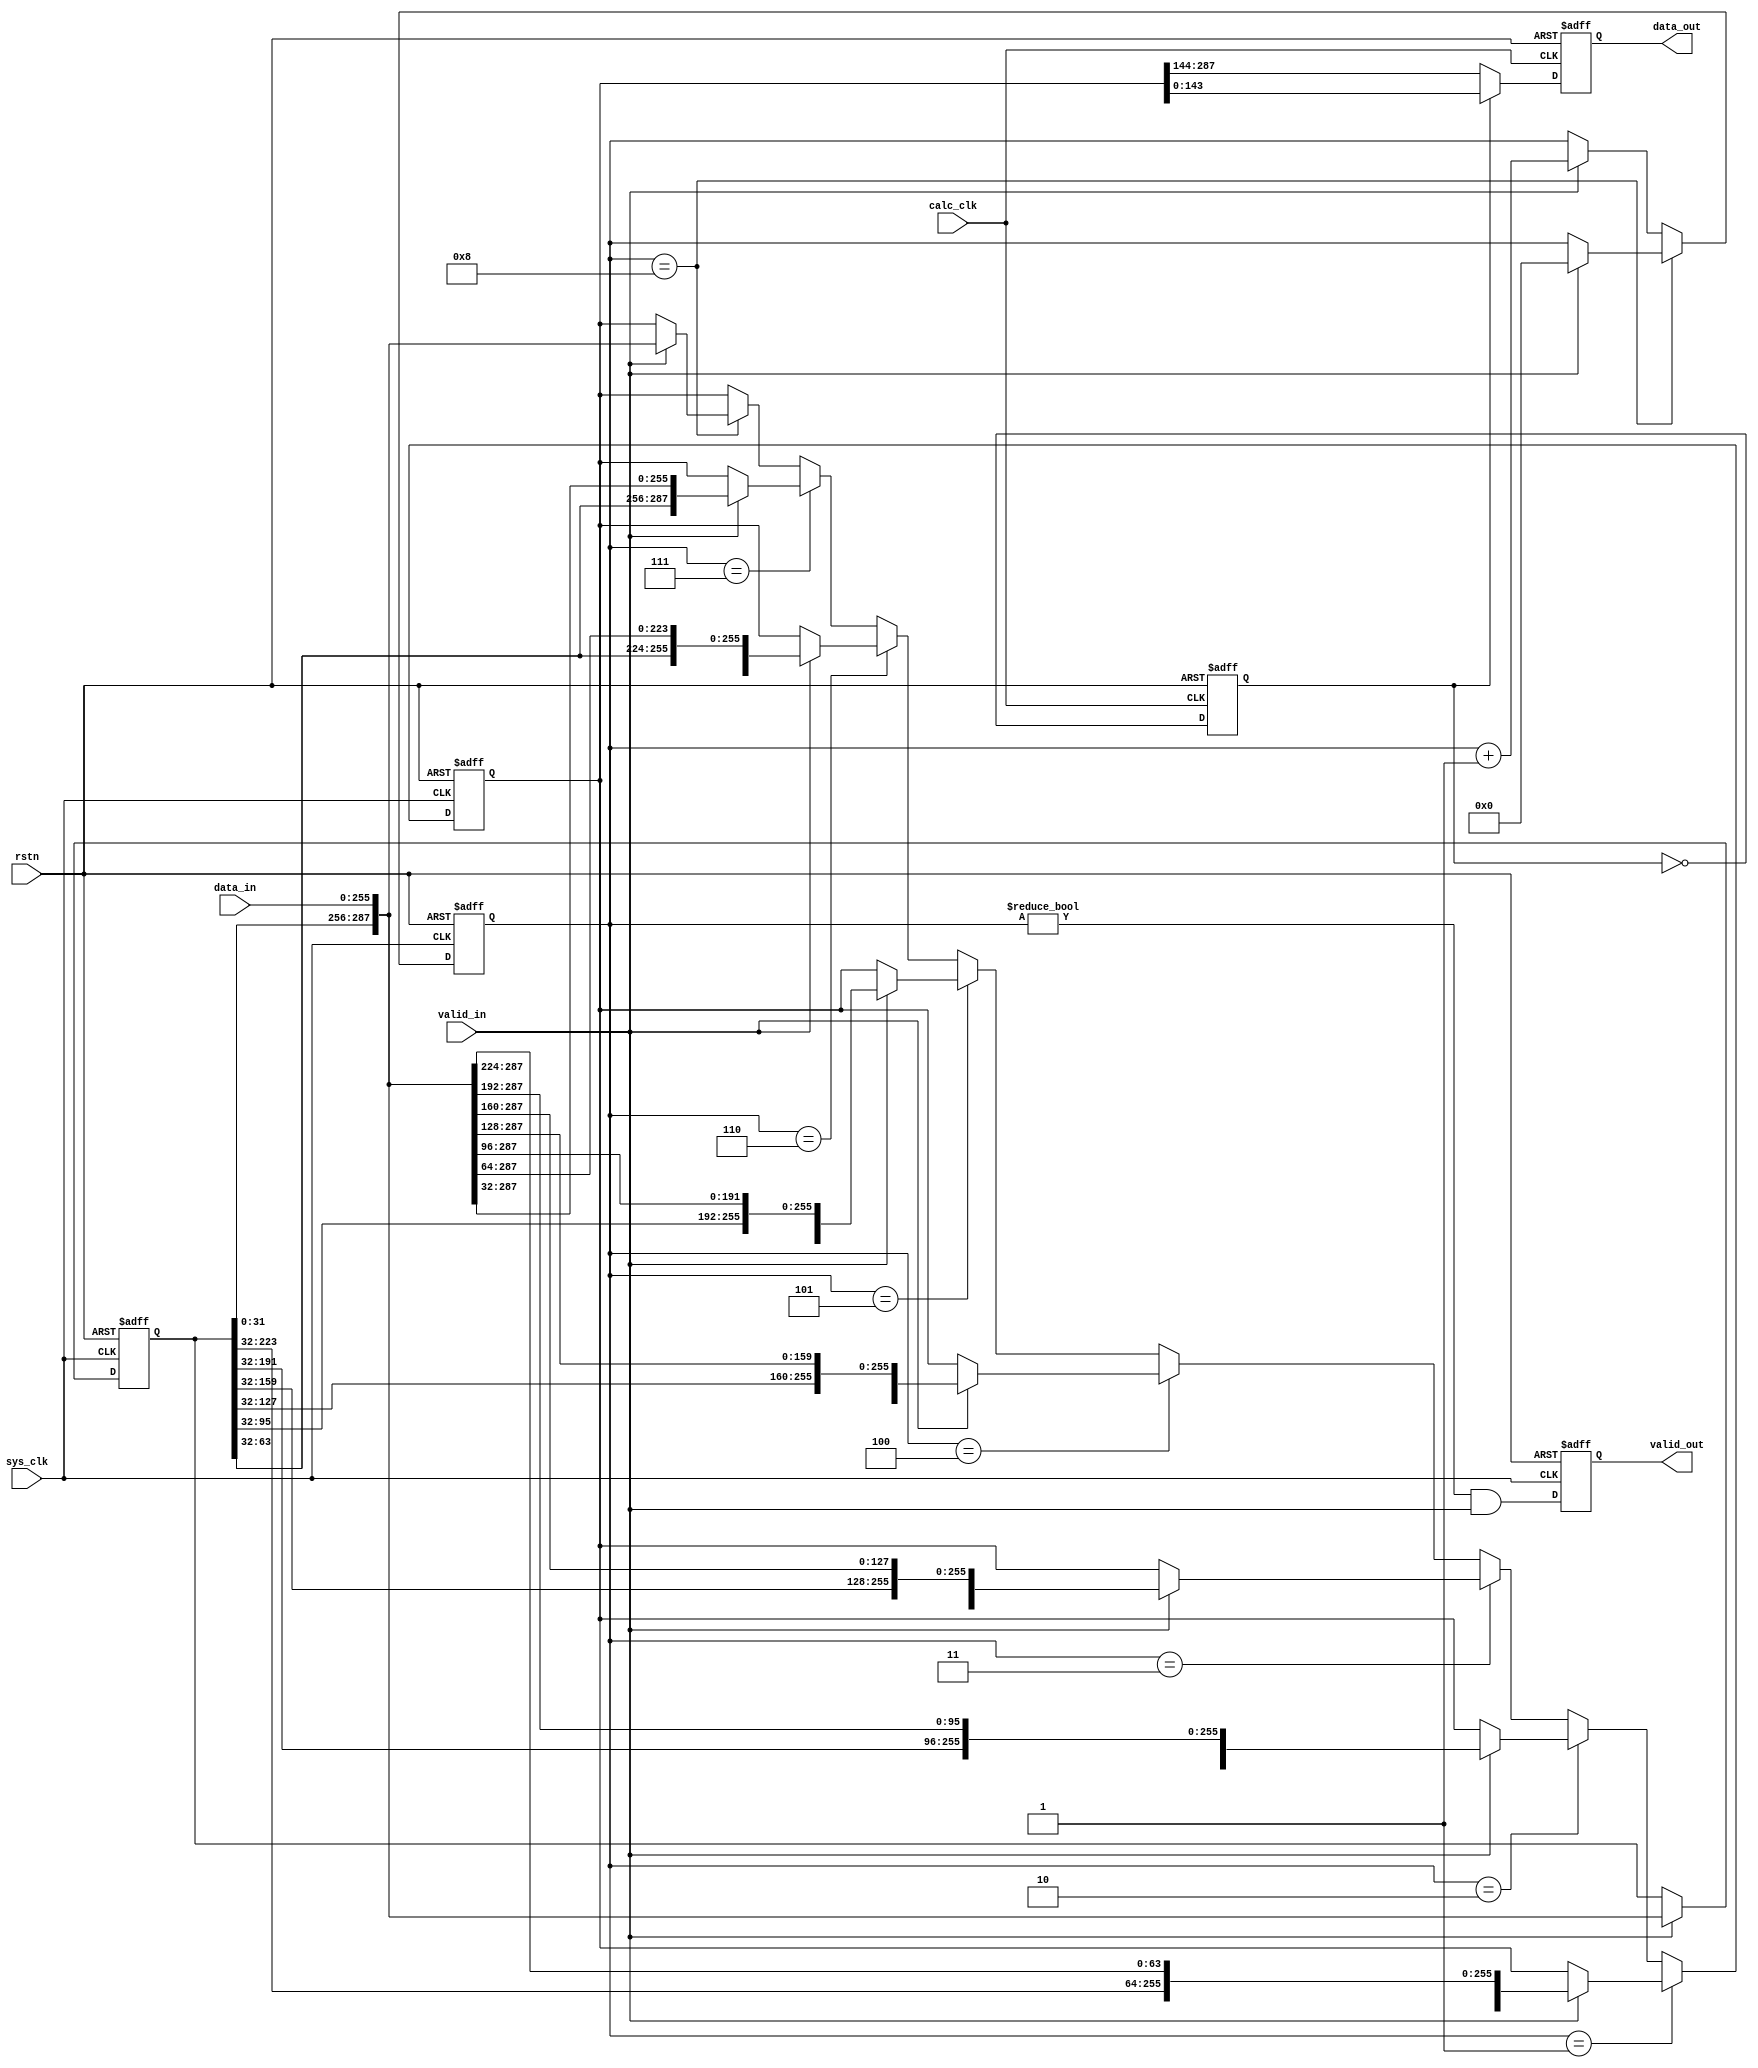
`timescale 1ns / 1ps

module FeatureMapInWidthConverter # (
    parameter   WIDTH_IN            =   256                 ,
    parameter   WIDTH_CONVERT       =   288                 ,
    parameter   WIDTH_OUT           =   144                 ,
    parameter   NUM_IN              =   9                   ,
    parameter   NUM_OUT             =   8                   ,
    parameter   CNT_WIDTH           =   $clog2(NUM_IN)
)
(
    input   wire                    sys_clk     ,
    input   wire                    calc_clk    ,
    input   wire                    rstn        ,
    input   wire    [WIDTH_IN-1:0]  data_in     ,
    input   wire                    valid_in    ,
    
    output  reg     [WIDTH_OUT-1:0] data_out    ,
    output  reg                     valid_out   
);

    reg     [CNT_WIDTH-1:0]         cnt         ;
    reg                             cnt_pp      ;
    reg     [WIDTH_CONVERT-1:0]     data_buffer ;
    reg     [WIDTH_CONVERT-1:0]     convert_out ;

    always @(posedge sys_clk or negedge rstn) begin
        if (!rstn) begin
            cnt <= 0;
        end else if(cnt == NUM_IN - 1) begin
            cnt <= valid_in ? 0 : cnt;
        end else begin
            cnt <= valid_in ? (cnt + 1) : cnt; 
        end
    end

    always @(posedge calc_clk or negedge rstn) begin
        if(!rstn) begin
            cnt_pp <= 1'b0;
        end else begin
            cnt_pp <= ~cnt_pp;
        end
    end
    always@(posedge sys_clk or negedge rstn) begin
        if(!rstn) begin
            data_buffer <= 288'b0;
        end else begin
            data_buffer <= valid_in? {data_buffer[WIDTH_CONVERT-WIDTH_IN-1:0], data_in}: data_buffer;
        end
    end

    always@(posedge sys_clk or negedge rstn) begin
        if(!rstn) begin
            convert_out <= 288'b0;
        end else if(cnt==1) begin
            convert_out <= valid_in? {data_buffer[255:0], data_in[255:224]}: convert_out;
        end else if(cnt==2) begin
            convert_out <= valid_in? {data_buffer[223:0], data_in[255:192]}: convert_out;
        end else if(cnt==3) begin
            convert_out <= valid_in? {data_buffer[191:0], data_in[255:160]}: convert_out;
        end else if(cnt==4) begin
            convert_out <= valid_in? {data_buffer[159:0], data_in[255:128]}: convert_out;
        end else if(cnt==5) begin
            convert_out <= valid_in? {data_buffer[127:0], data_in[255:96]}: convert_out;
        end else if(cnt==6) begin
            convert_out <= valid_in? {data_buffer[95:0], data_in[255:64]}: convert_out;
        end else if(cnt==7) begin
            convert_out <= valid_in? {data_buffer[63:0], data_in[255:32]}: convert_out;
        end else if(cnt==8) begin
            convert_out <= valid_in? {data_buffer[31:0], data_in[255:0]}: convert_out;
        end
    end
        
    always@(posedge sys_clk or negedge rstn) begin
        if(!rstn) begin
            valid_out <= 1'b0;
        end else begin
            valid_out <= cnt!=0 && valid_in;
        end
    end 

    always @(posedge calc_clk or negedge rstn) begin
        if(!rstn) begin
            data_out <= 144'b0;
        end else if(cnt_pp) begin
            data_out <= convert_out[143:0];
        end else begin
            data_out <= convert_out[287:144];
        end
    end
endmodule